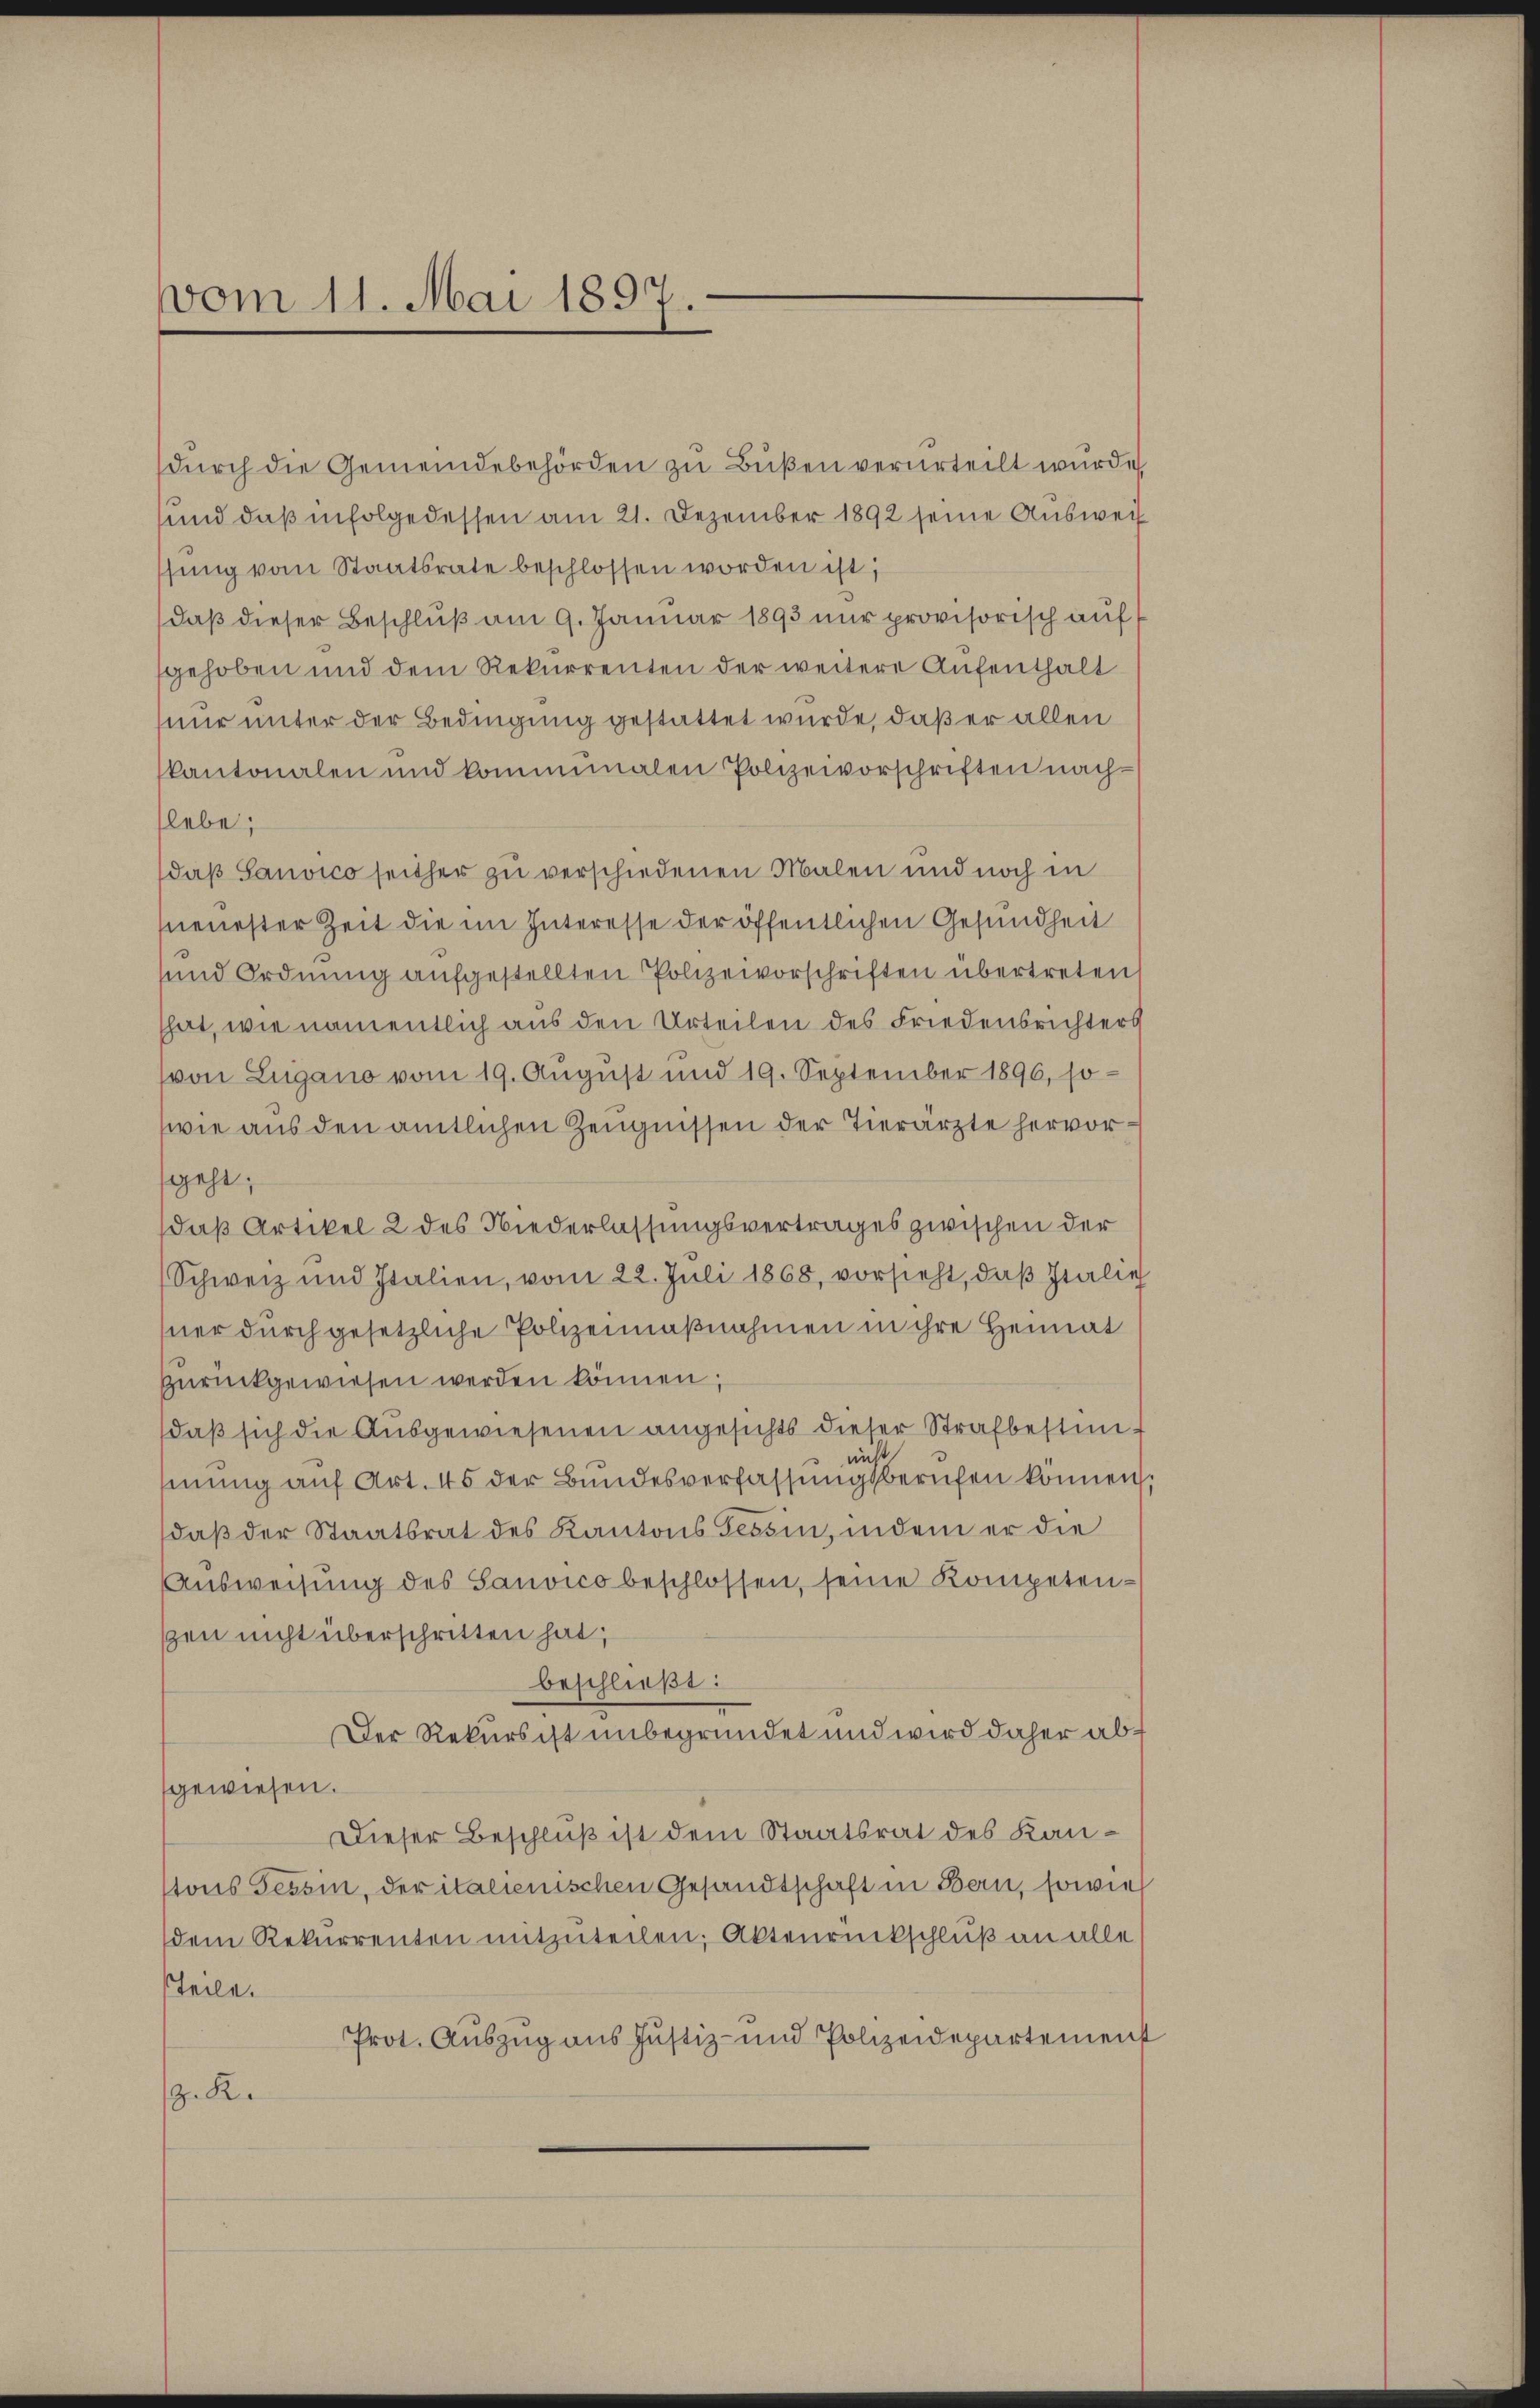
vom 11. Mai 1897

durch die Gemeindebehörden zu Bußen verurteilt wurde
sund daß in Folgedessen am 21. Dezember 1892 seine Auswei
sung vom Staatsrate beschlossen worden ist;
daß dieser Beschluß am 9. Januar 1893 nur provisorisch auf
fgehoben und dem Rekurrenten der weitere Aufenthalt
nur unter der Bedingung gestattet wurde, daß er allen
kantonalen und komminalen Polizeivorschriften nachlebe;
daß Sauvico seither zu verschiedenen Malen und noch in
neuester Zeit die im Interesse der öffentlichen Gesundheit
sund Ordnung aufgestellten Polizeivorschriften übertreten
hat, wie namentlich aus den Urteilen des Friedensrichters
von Lugano vom 19. August und 19. September 1896, so-
wie aus den amtlichen Zeŭgnissen der Tierärzte hervorgeht;
daß Artikel 2 des Niederlassungsvertrages zwischen der
Schweiz und Italien, vom 22. Juli 1868, vorsieht, daβ Italie
ner durch gesetzliche Polizeimaßnahmen in ihre Heimat
zŭrückgewiesen werden können;
daβ sich die Aŭsgewiesenen angesichts dieser Strafbestimnicht
inung auf Art. 45 der Bundesverfassungsberufen können
daß der Staatsrat des Kantons Tessin, indem er die
Aŭsweisŭng des Sanvico beschlossen, seine Kompetensen nicht überschritten hat;
beschließt:
Der Rekurs ist unbegründet und wird daher abgewiesen.
Dieser Beschluß ist dem Staatsrat des Kanstons Tessin, der italienischen Gesandtschaft in Bern, sowie
dem Rekurrenten mitzuteilen; Aktenrückschluß an alle
Teile.
Prot. Auszug aus Justiz- und Polizeidepartement
. R.